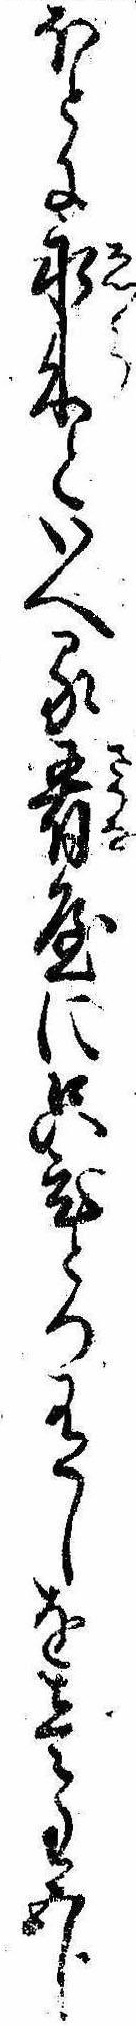
ほとに永来といへる肴屋に只ひとつ有しを壱匁五分